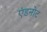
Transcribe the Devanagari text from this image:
एंडनोट